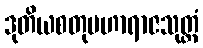
ဒုတိယစတုမဟာရာဇသုတ္တံ